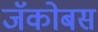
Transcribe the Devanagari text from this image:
जॅकोबस